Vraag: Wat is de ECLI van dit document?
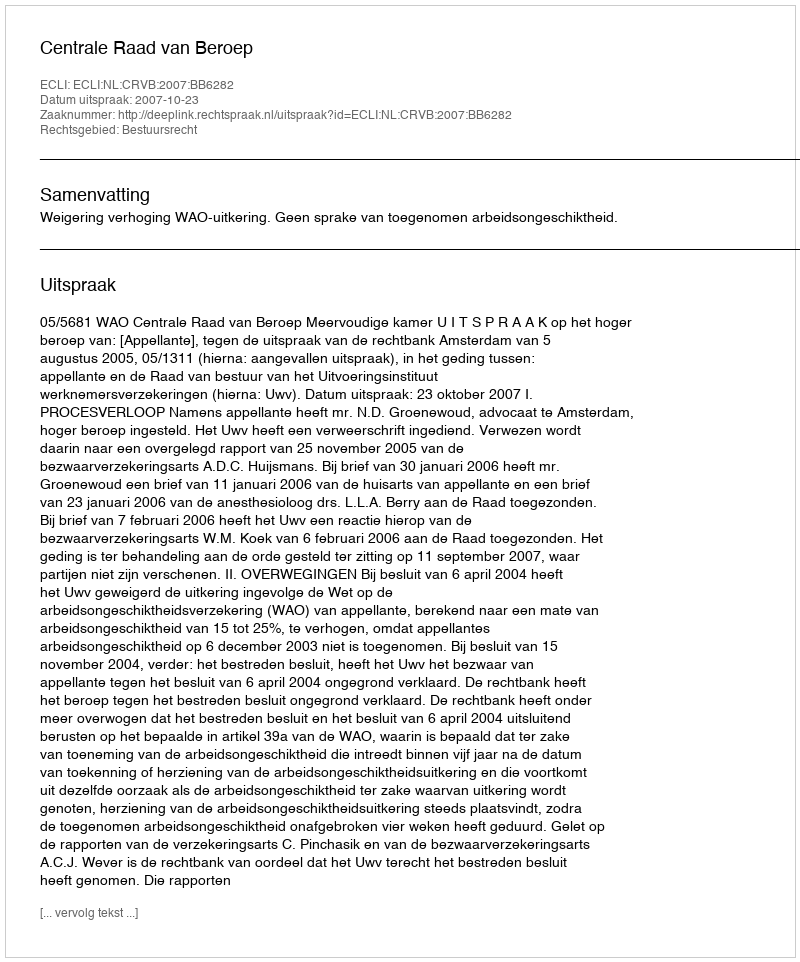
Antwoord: ECLI:NL:CRVB:2007:BB6282